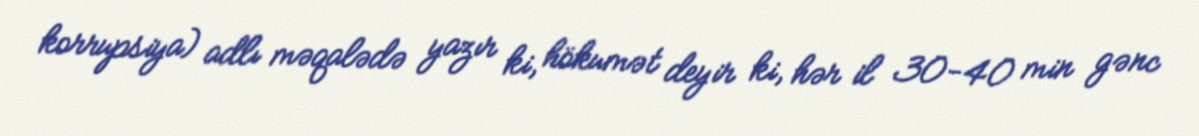
korrupsiya) adlı məqalədə yazır ki, hökumət deyir ki, hər il 30-40 min gənc